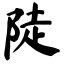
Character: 陡